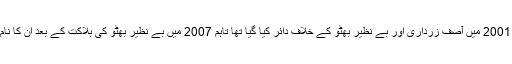
اثاثہ جات کا یہ ریفرنس سنہ 2001 میں آصف زرداری اور بے نظیر بھٹو کے خلاف دائر کیا گیا تھا تاہم 2007 میں بے نظیر بھٹو کی ہلاکت کے بعد ان کا نام مقدمے سے نکال دیا گیا تھا۔